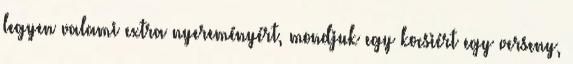
legyen valami extra nyereményért, mondjuk egy kocsiért egy verseny,